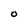
Character: O